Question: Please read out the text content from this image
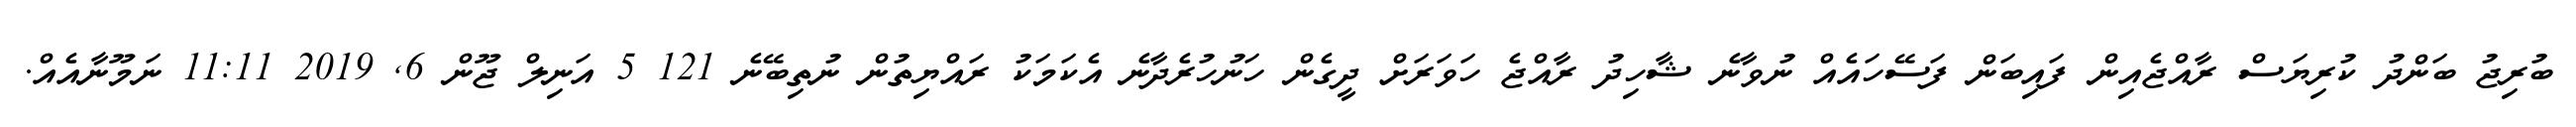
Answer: ބުރިޖު ބަންދު ކުރިޔަސް ރާއްޖެއިން ފައިބަން ފަސޭހައެއް ނުވާނެ ޝާހިދު ރާއްޖެ ހަވަރަށް ދީގެން ހަނުހުރެދާނެ އެކަމަކު ރައްޔިތުން ނުތިބޭނެ 121 5 އަނިލް ޖޫން 6, 2019 11:11 ނަމޫނާއެއް.